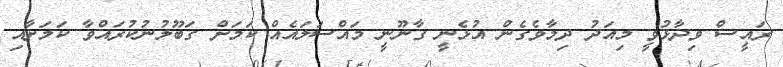
ރައީސް ވިދާޅުވީ މިއަދު ދިމާވެގެން އުޅެނީ ގާނޫނީ މައްސަލައެއް ކަމަށް ގަބޫލުނުކުރައްވާ ކަމަށާއި